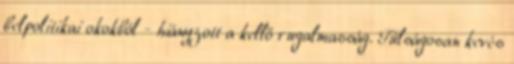
belpolitikai okokból - hiányzott a kellő rugalmasság. Túlságosan kevés